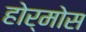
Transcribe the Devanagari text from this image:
होर्मोस